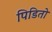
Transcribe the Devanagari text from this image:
पिडितो